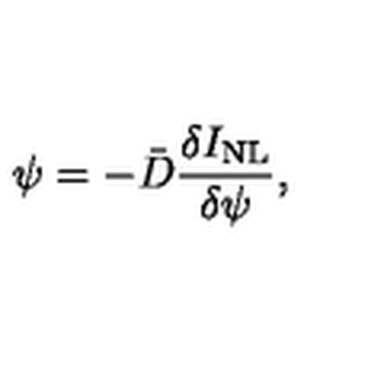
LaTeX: \psi = - \bar { D } \frac { \delta I _ { \mathrm { N L } } } { \delta \psi } ,